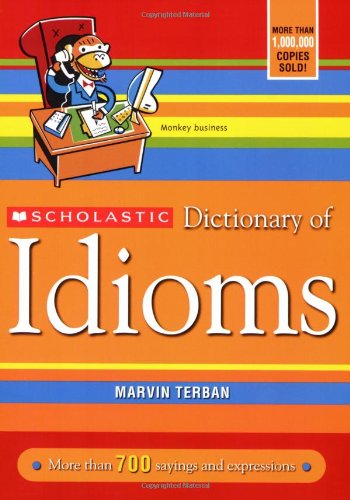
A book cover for Scholastic Dictionary of Idioms; Marvin Terban; Children's Books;